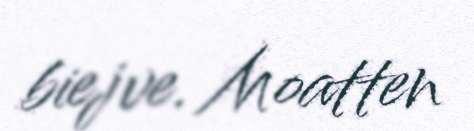
biejve. Moatten